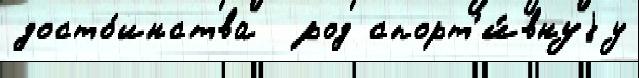
досто́инства  род спорт'и́внуjу